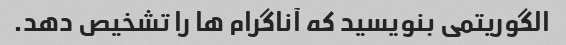
الگوریتمی بنویسید که آناگرام ها را تشخیص دهد.